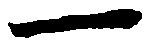
一